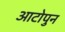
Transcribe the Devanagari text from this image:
आटोपुन